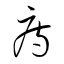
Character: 痔